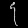
Digit: ၄